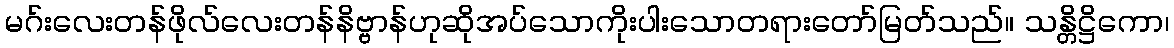
မဂ်းလေးတန်ဖိုလ်လေးတန်နိဗ္ဗာန်ဟုဆိုအပ်သောကိုးပါးသောတရားတော်မြတ်သည်။ သန္တိဋ္ဌိကော၊